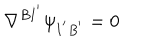
LaTeX: \nabla ^ { B I ^ { ' } } \psi _ { I ^ { ' } B ^ { ' } } = 0